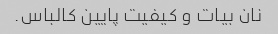
نان بیات و کیفیت پایین کالباس.